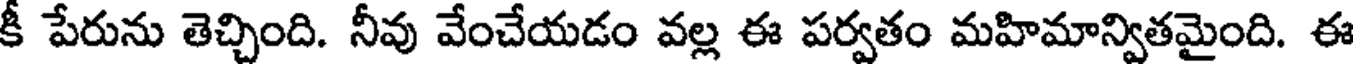
కీ పేరును తెచ్చింది. నీవు వేంచేయడం వల్ల ఈ పర్వతం మహిమాన్వితమైంది. ఈ